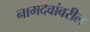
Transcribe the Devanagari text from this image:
नामदेवांवरील